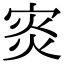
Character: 𡨼